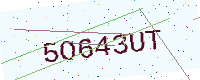
Text: 5O643UT